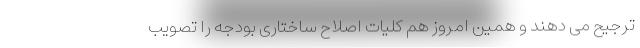
ترجیح می دهند و همین امروز هم کلیات اصلاح ساختاری بودجه را تصویب